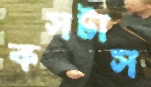
কসটাস